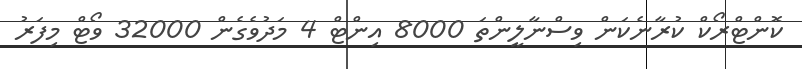
ކޮންޓްރޯކް ކުރާނެކަން ވިސްނާލީންތަ 8000 އިންޓް 4 މަދުވެގެން 32000 ވޯޓް މިފަރު